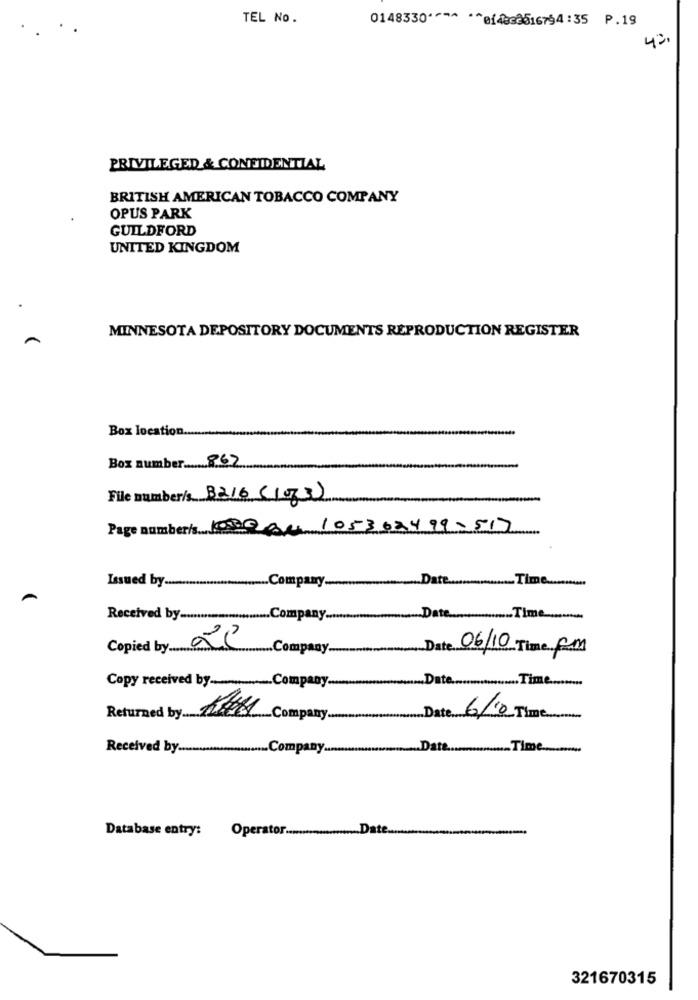
TEL No.
0148330 ~~~ *~ efec8616794 :35 P.19
PRIVILEGED & CONFIDENTIAL
BRITISH AMERICAN TOBACCO COMPANY
OPUS PARK
GUILDFORD
UNITED KINGDOM
MINNESOTA DEPOSITORY DOCUMENTS REPRODUCTION REGISTER
Box location ....
Box number 862
File number/s 8216 (1033)
Page number/s 100ou 105362499-517
Issued by ................................. Company .....
-
Date ..
Time
Received by .........
Company
Date
-
-Time
Copied by ......
22
....... Company ....
Date 06/10 Time FM
Date.
...... Time .........
Copy received by .................. Company ...
Returned by ....
Company
Date 6/10 Time
Received by ...
... Company.
.. Date.
.Time.
Database entry:
Operator ...................... Date.
321670315